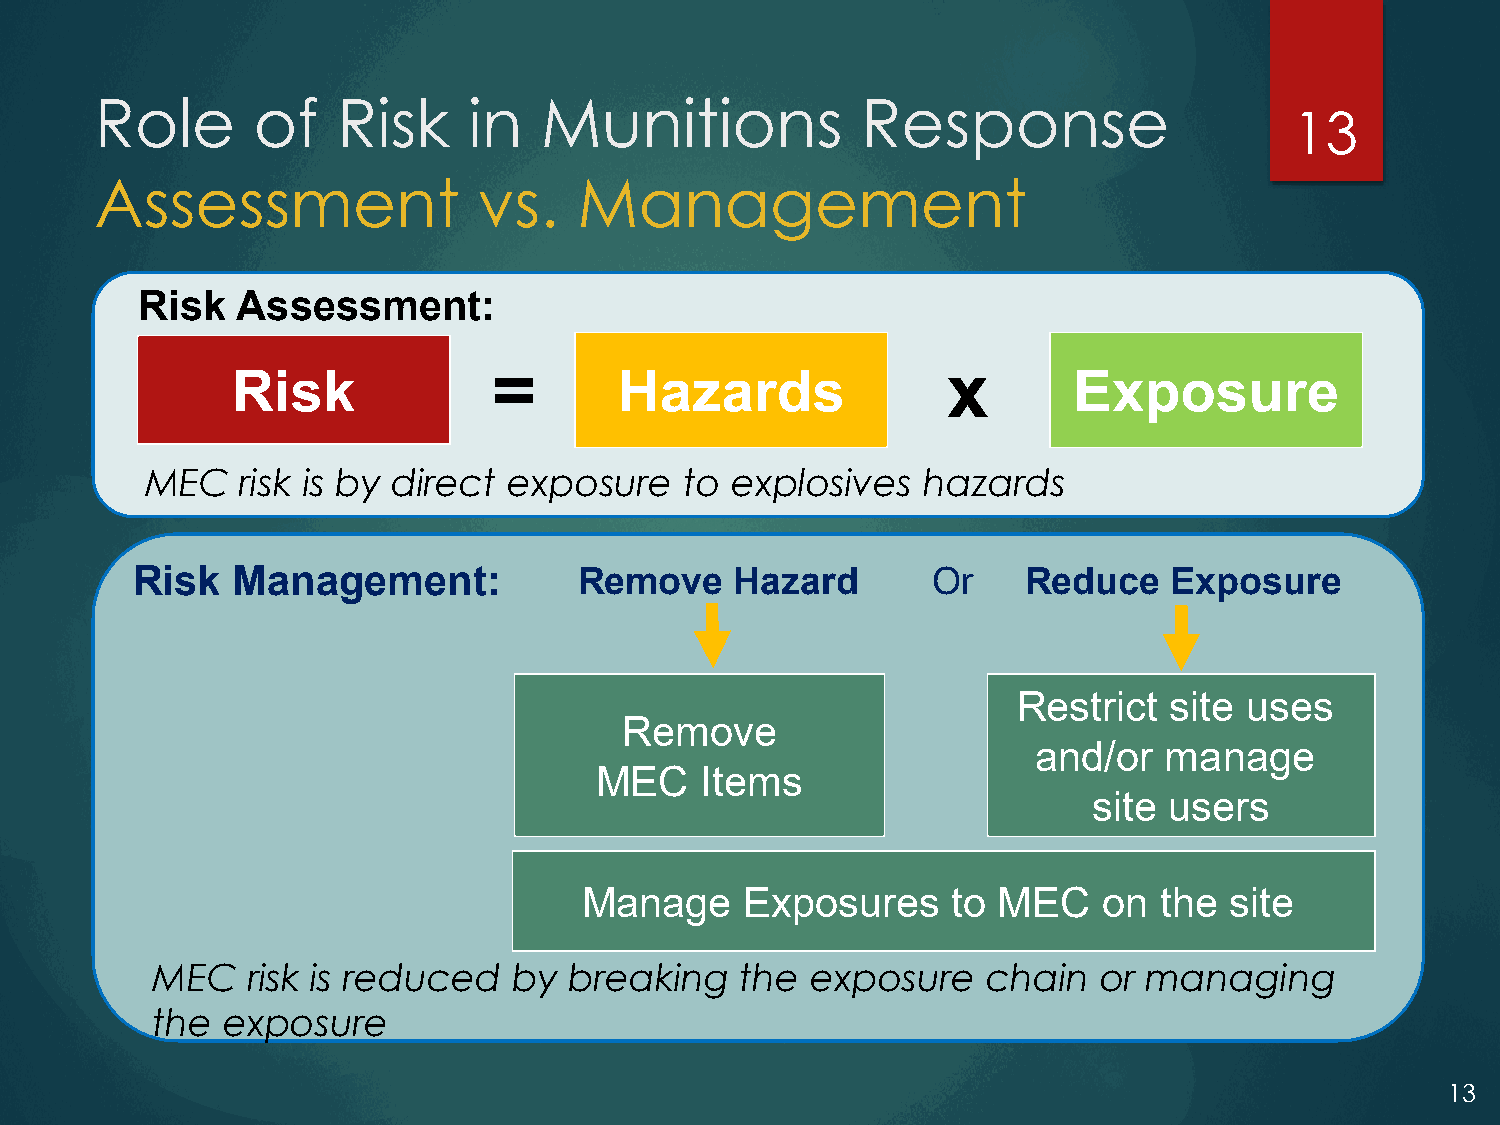
Role       of   Risk     in   Munitions            Response
 13
 Assessment                vs.   Management
 Risk   Assessment:
 Risk              =       Hazards               x       Exposure
 MEC   risk is by direct exposure   to explosives   hazards
 Risk  Management:            Remove     Hazard       Or    Reduce    Exposure
 Restrict  site uses
 Remove
 and/or  manage
 MEC    Items
 site users
 Manage    Exposures     to MEC    on  the site
 MEC   risk is reduced   by  breaking   the  exposure   chain   or managing
 the  exposure
 13